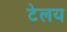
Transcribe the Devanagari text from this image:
टेलय